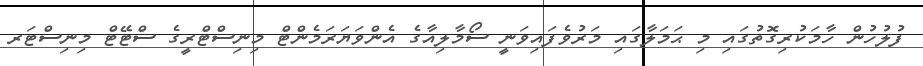
ފުލުހުން ހާމަކުރިގޮތުގައި މި ޙަމަލާގައި މަރުވެފައިވަނީ ސޯމާލިއާގެ އެންވަޔަރަމެންޓް މިނިސްޓްރީގެ ސްޓޭޓް މިނިސްޓަރ